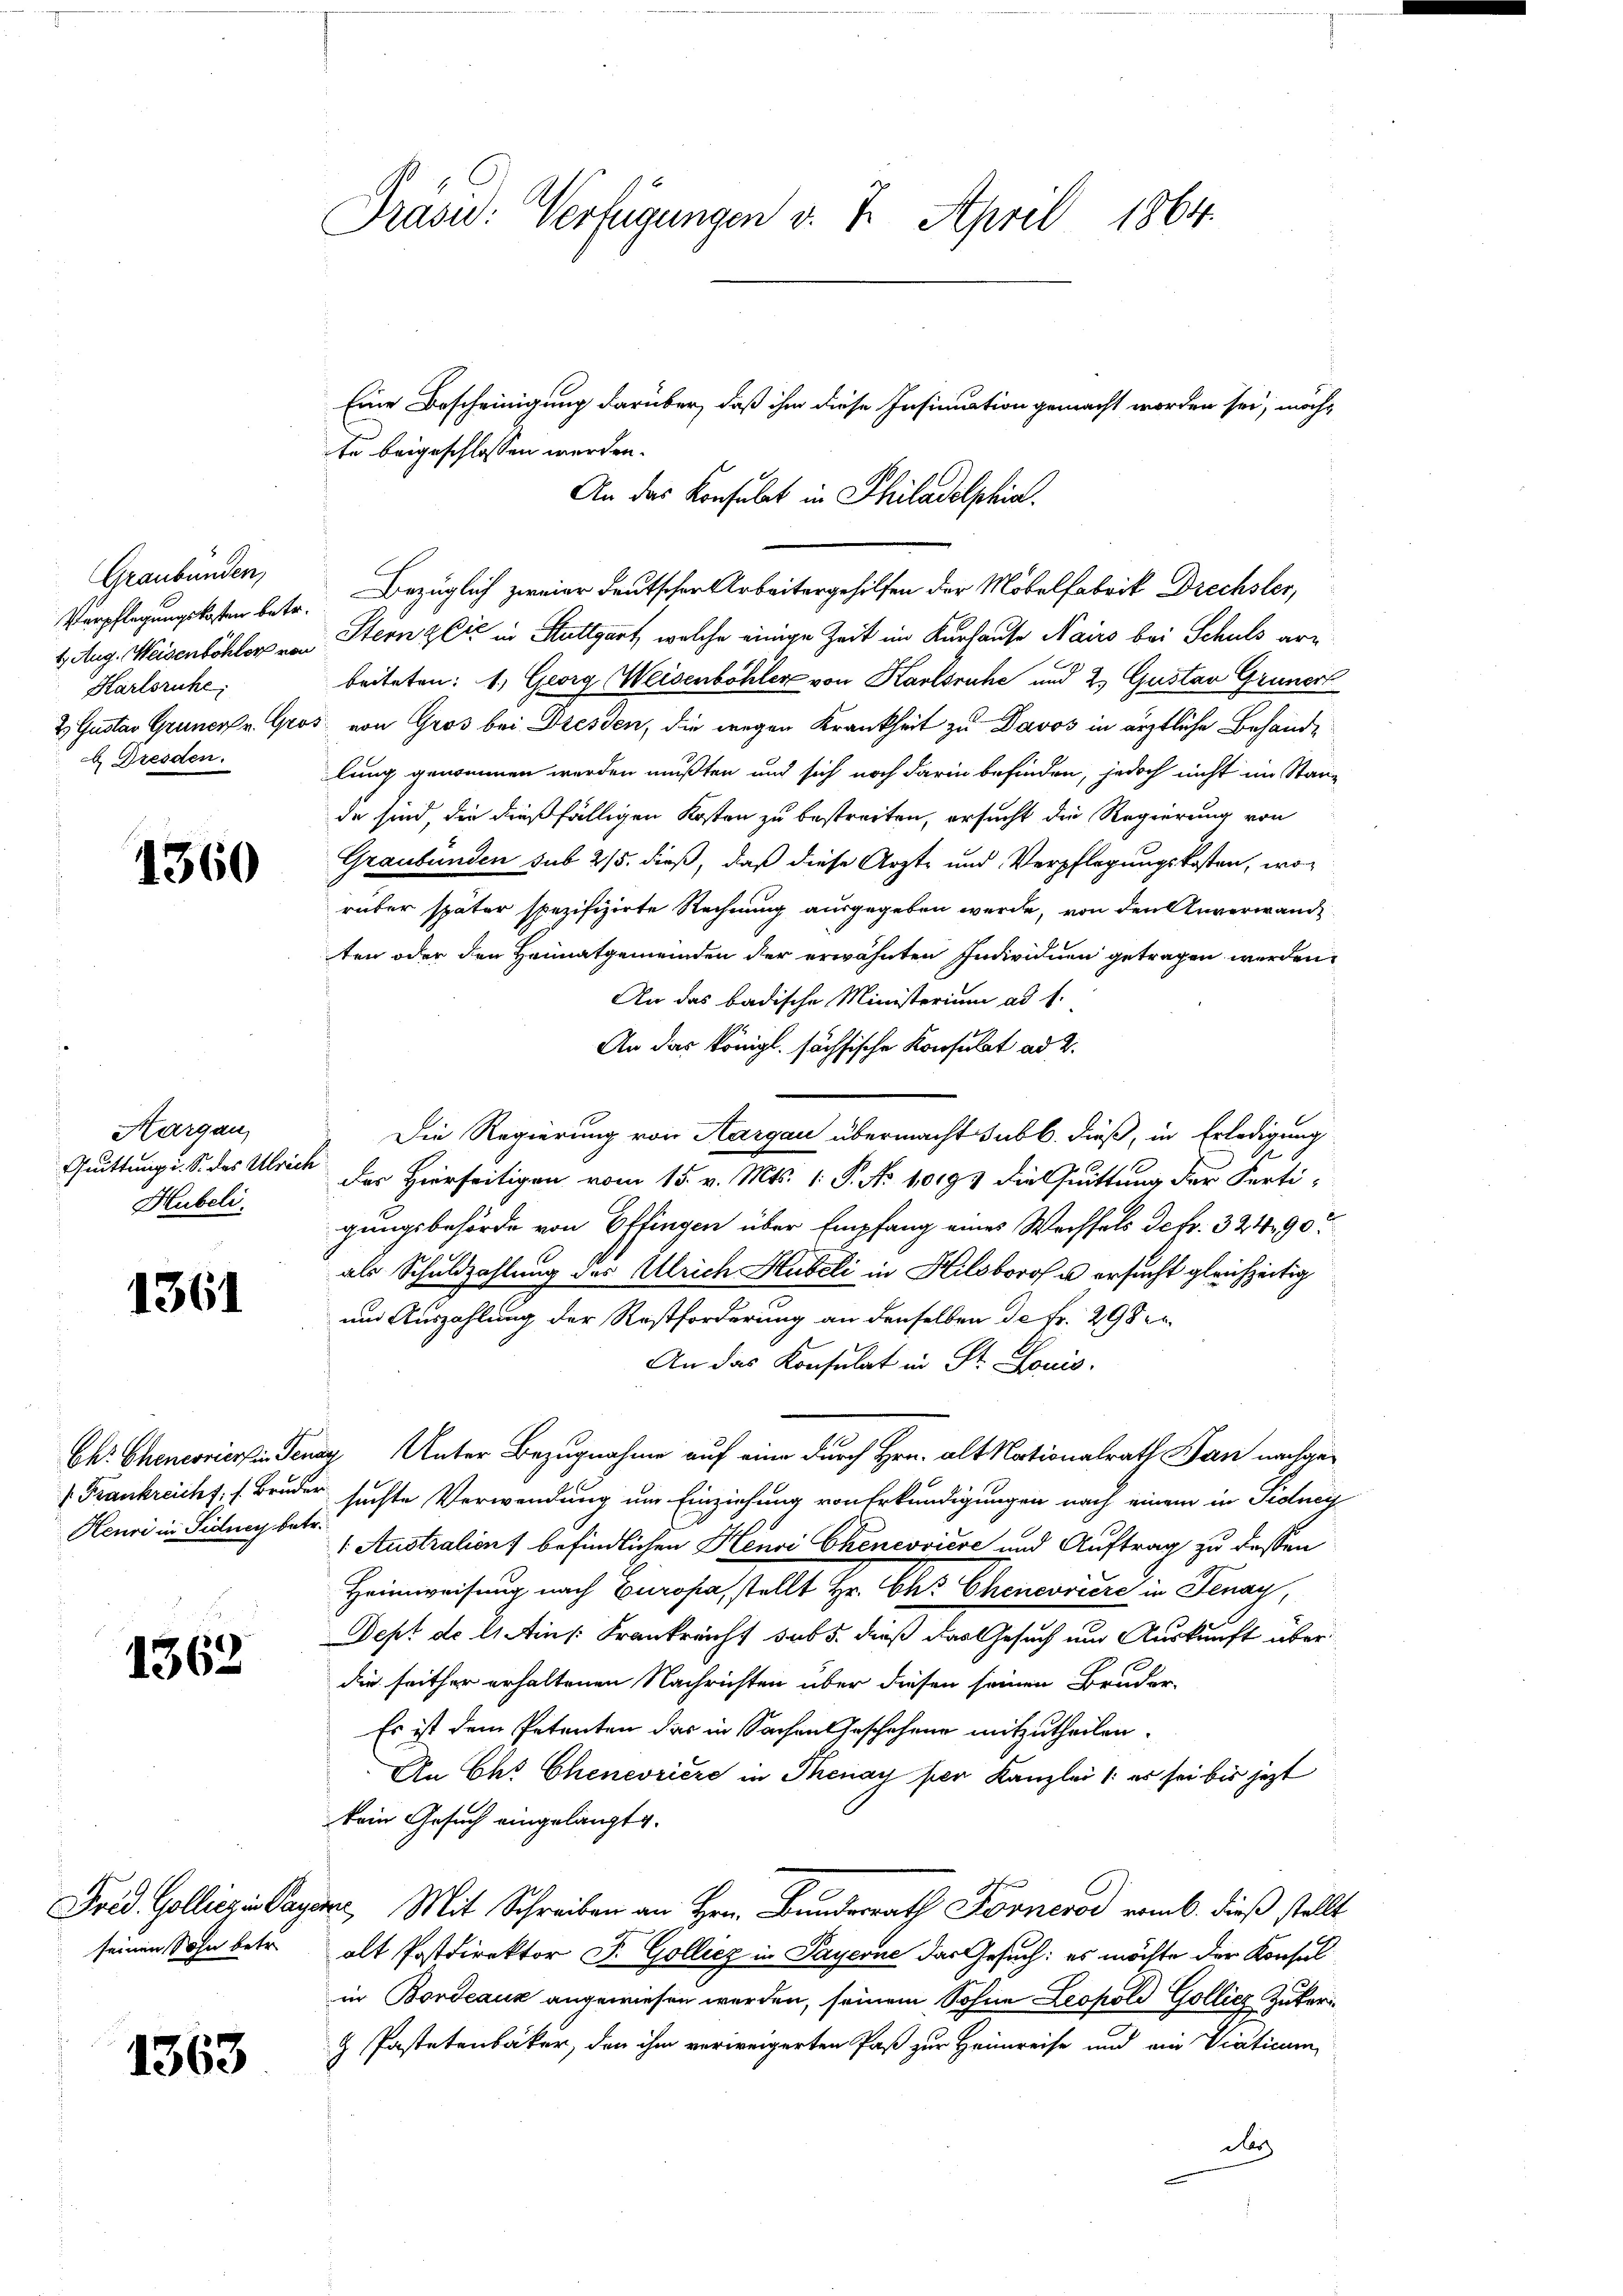
Graubünden,
Harlsruhe
b Dresden.

1360

Margau,
Hubeli.

1361

Frankreichs. f. Bruder
Henri in Sidney betr.

1362

1363

Präsid: Verfügungen v. 7. April 1864.

Eine Bescheinigung darüber, daß ihm diese Insinuation gemacht worden sei, möchte beigeschlossen werden.
An das Konsulat in Philadelphia
Verpflegungskosten betr. Bezüglich zweier deutschen Arbeitergehilfen der Möbelfabrik Drechsler,
4. Aug. Weisenböhler von Stern & Cie in Stuttgart, welche einige Zeit im Kurhause Nairs bei Schuld arbeiteten: 1) Georg Weisenböhler von Karlsruhe und 2 Gustav Grunerl
2 Gustav Gruner v. Gros von Gros bei Dresden, die wegen Krankheit zu Davos in ärztliche Behande
lung genommen werden mußten und sich noch darin befinden, jedoch nicht im Stande sind, die dießfälligen Kosten zu bestreiten, ersucht die Regierung von
Graubünden sub 2/5. dieß, daß diese Arzte und Verpflegungskosten, worüber später spezifizirte Rechnung ausgegeben werde, von den Anverwand
ten oder den Heimatgemeinden der erwähnten Individuen getragen werden.
An das badische Ministerium ad 1.
An das königl. sächsische Konsulat ad 2.
Die Regierung von Aargau übermacht sub b. dieß, in Erledigung
Gruttung i. S. des Ulrich der Hierseitigen vom 15. v. Mts. 1. P. No 10193 die Quittung der Fertigungsbehörde von Offingen über Empfang eines Wechsels de fr. 324 90
als Schuldzahlung des Ulrich Hubeli in Hilsberg u ersucht gleichzeitig
un Auszahlung der Restforderung an denselben de Fr. 298 2
An das Konsulat in St. Louis
Chr Chenevier in Gener Unter Bezugnahme auf eine durch Hrn. alt Nationalrath Jan nachgesuchte Verwendung um Einziehung von Erkundigungen nach einem in Tidney
1 Austration befindlichen Henri Chenevoiese und Auftrag zu dessen
Heimweisung nach Europa stellt Hr. Chr Chenevière in Fenay,
Dept d. 21. Ain /: Krankreicht sub 5. dieß das Gesuch und Auskunft überdie seither erhaltenen Nachrichten über diesen seinen Bruder-
Es ist dem Petenten das in Sachen Geschehene mitzutheilen.
An Chr Cheneoriere in Thenay per Kanzlei (: es sei bis jezt
kein Gesuch eingelangte.
Frid. Gollicz in Payer, Mit Schreiben an Hrn. Bunderrath Forneros vom 6. dieß stellt
seinen Sohn betr. alt Postdirektor F. Gollicz in Payerne das Gesuch: es möchte der Konsul
in Bordeaux angewiesen werden, seinem Sohne Leopold Golliez Zukeri¬
 Pastetenbaker, den ihm verweigerten Paß zur Heimreise und ein Viaticum
das